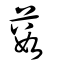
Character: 藪